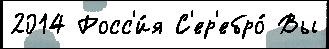
2014 Росс'и́я С'ер'ебро́ Вы